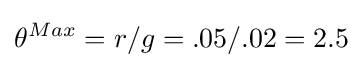
\theta ^{Max}=r/g=.05/.02=2.5